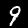
Digit: 9